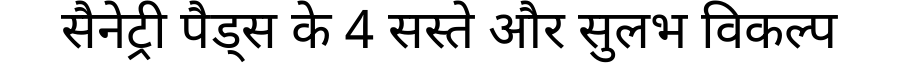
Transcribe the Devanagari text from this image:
सैनेट्री पैड्स के 4 सस्ते और सुलभ विकल्प